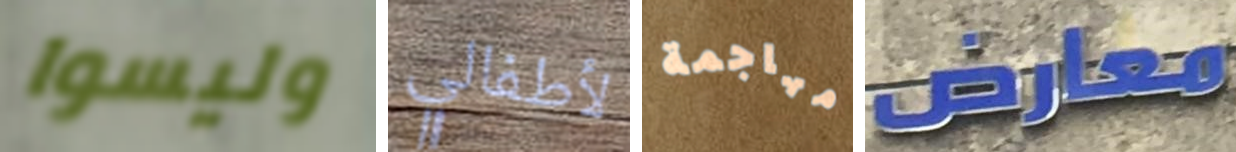
وليسوا لأطفالي مهاجمة معارض